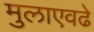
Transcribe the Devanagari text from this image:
मुलाएवढे